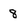
Character: 8